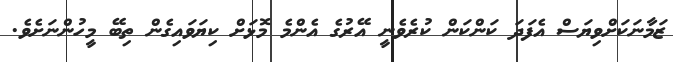
ޒަމާނަކަށްވިޔަސް އެފަދަ ކަންކަން ކުރެވެނީ އޭރުގެ އެންމެ މޮޅަށް ކިޔަވައިގެން ތިބޭ މީހުންނަށެވެ.